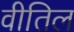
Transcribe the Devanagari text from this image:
वीतिल